Reports on dispensaries and lunatic asylums in the Province of Oudh - 1869-1876
Year: 1869
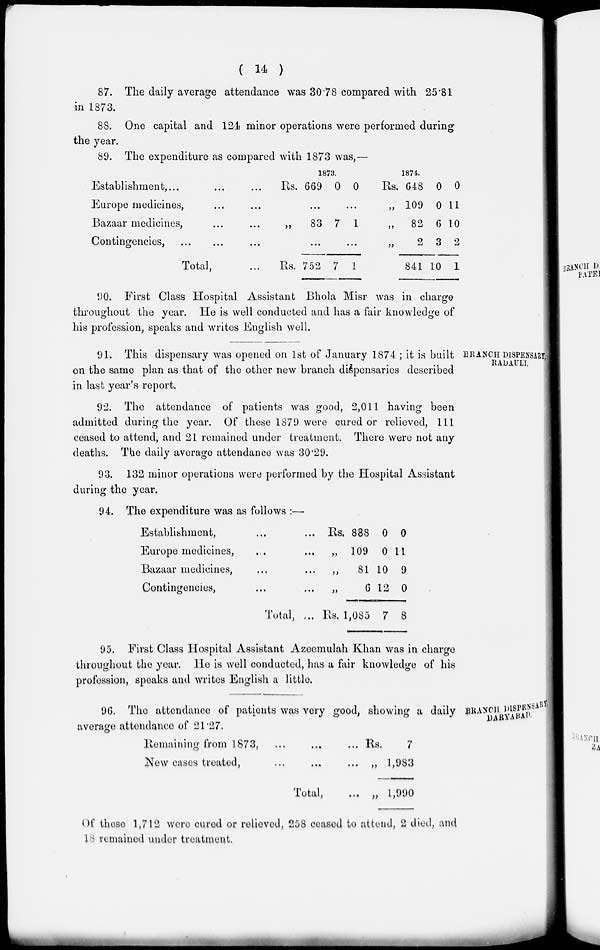
( 14 )
87. The daily average attendance was 30.78 compared with 25.81
in 1873.
88. One capital and 124 minor operations were performed during
the year.
89. The expenditure as compared with 1873 was,—
Establishment, ... ... ...
Europe medicines, ... ...
Bazaar medicines, ... ...
Contingencies, ... ... ...
Total, ...
1873.
Rs.
„
Rs.
669
...
83
...
752
0
7
7
0
...
1
...
1
1874.
Rs.
„
„
„
648
109
82
2
841
0
0
6
3
10
0
11
10
2
1
90. First Class Hospital Assistant Bhola Misr was in charge
throughout the year. He is well conducted and has a fair knowledge of
his profession, speaks and writes English well.
BRANCH DISPENSARY,
RADAULI.
91. This dispensary was opened on 1st of January 1874; it is built
on the same plan as that of the other new branch dispensaries described
in last year's report.
92. The attendance of patients was good, 2,011 having been
admitted during the year. Of these 1879 were cured or relieved, 111
ceased to attend, and 21 remained under treatment. There were not any
deaths. The daily average attendance was 30.29.
93. 132 minor operations were performed by the Hospital Assistant
during the year.
94. The expenditure was as follows :—
Establishment, ... ...
Europe medicines, ... ...
Bazaar medicines, ... ...
Contingencies, ... ...
Total, ...
Rs.
„
„
„
Rs.
888
109
81
6
1,085
0
0
10
12
7
0
11
9
0
8
95. First Class Hospital Assistant Azeemulah Khan was in charge
throughout the year. He is well conducted, has a fair knowledge of his
profession, speaks and writes English a little.
BRANCH DISPENSARY
DARYABAD.
96. The attendance of patients was very good, showing a daily
average attendance of 21.27.
Remaining from 1873, ... ... ...
New cases treated, ... ... ...
Total, ...
Rs.
„
„
7
1,983
1,990
Of these 1,712 were cured or relieved, 258 ceased to attend, 2 died, and
18 remained under treatment.